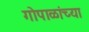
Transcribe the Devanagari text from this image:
गोपाळांच्या